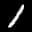
Digit: 1